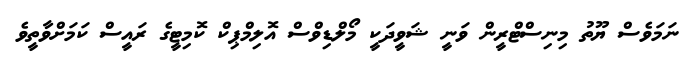
ނަމަވެސް ޔޫތު މިނިސްޓްރީން ވަނީ ޝަވީދަކީ މޯލްޑިވްސް އޮލިމްޕިކް ކޮމިޓީގެ ރައީސް ކަމަށްވާތީވެ